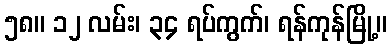
၅၈။ ၁၂ လမ်း၊ ၃၄ ရပ်ကွက်၊ ရန်ကုန်မြို့။